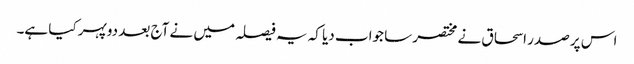
اس پر صدر اسحاق نے مختصر سا جواب دیا کہ یہ فیصلہ میں نے آج بعد دوپہر کیا ہے۔